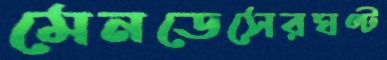
মেনডেসেরঘণ্ট